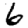
Digit: 6